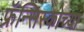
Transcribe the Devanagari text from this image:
फ्रॅन्सिस्कोच्या